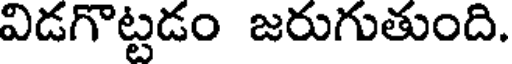
విడగొట్టడం జరుగుతుంది.